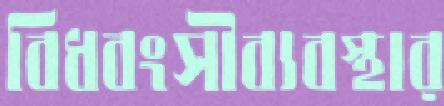
বিধ্বংসীব্যবস্থার